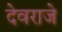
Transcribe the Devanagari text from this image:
देवराजे